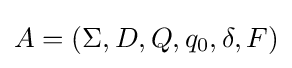
A=(\Sigma ,D,Q,q_{0},\delta ,F)